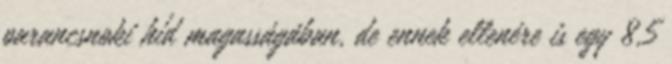
parancsnoki híd magasságában, de ennek ellenére is egy 8,5